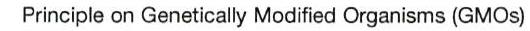
Principle on Genetically Modified Organisms (GMOs)